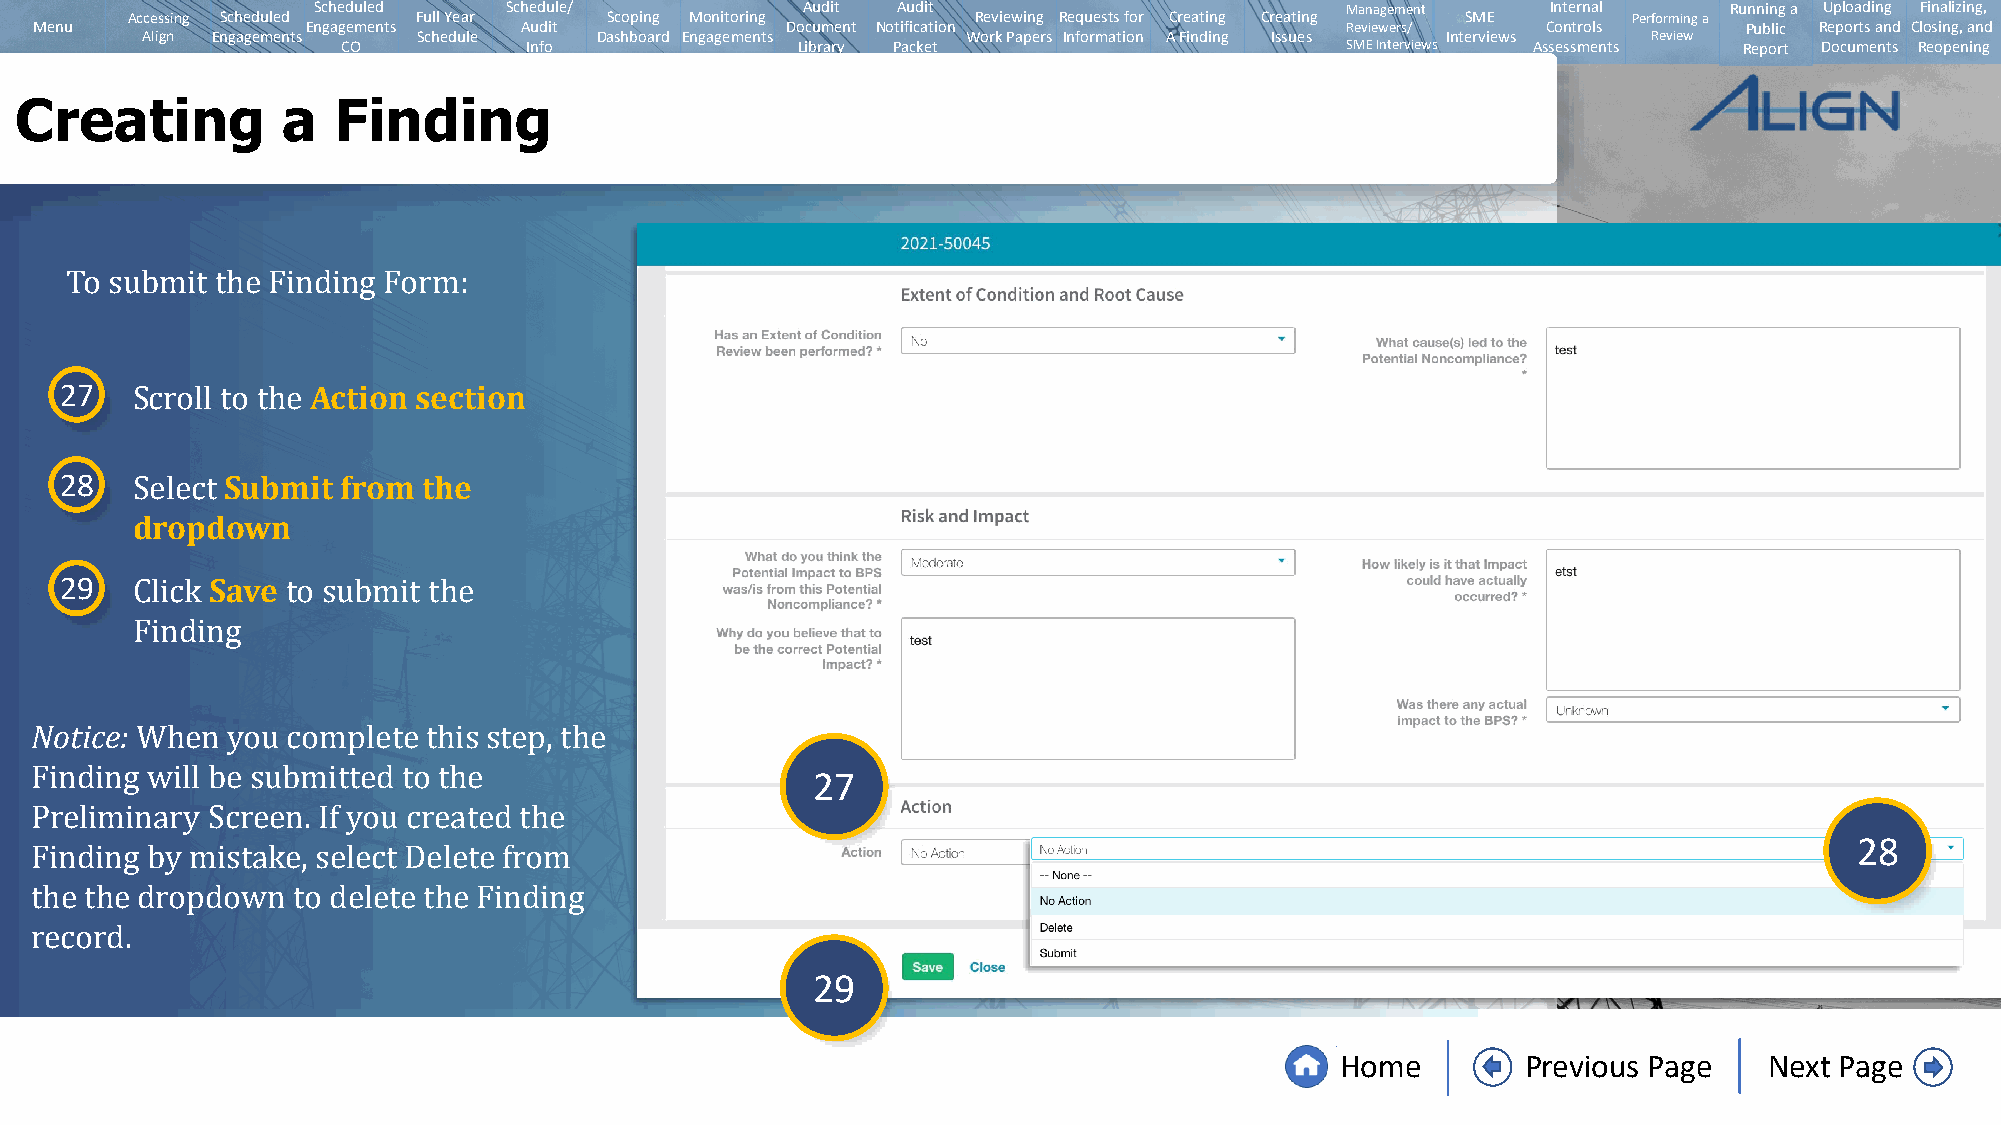
Scheduled   Schedule/           Audit Audit                         Management    Internal   Running a Uploading Finalizing,
 Accessing Scheduled Full Year   Scoping Monitoring       Reviewing Requests for Creating Creating SME Performing a
 Menu              Engagements   Audit             Document Notification                Reviewers/   Controls      Public Reports and Closing, and
 Align Engagements  Schedule   Dashboard Engagements    Work Papers Information A Finding Issues Interviews Review
 CO          Info              Library Packet                      SMEInterviews Assessments Report Documents Reopening
 Creating          a  Finding
 To submit the Finding Form:
 27               Action section
 Scroll to the
 28         Submit  from the
 dropdown
 Select
 29        Save
 Click     to submit the
 Finding
 Notice:
 27
 When  you complete this step, the
 Finding will be submitted to the                                                                                         28
 Preliminary Screen. If you created the
 Finding by mistake, select Delete from
 the the dropdown to delete the Finding
 29
 record.
 Home        Previous Page   Next Page